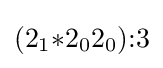
(2_{1}{*}2_{0}2_{0}){:}3